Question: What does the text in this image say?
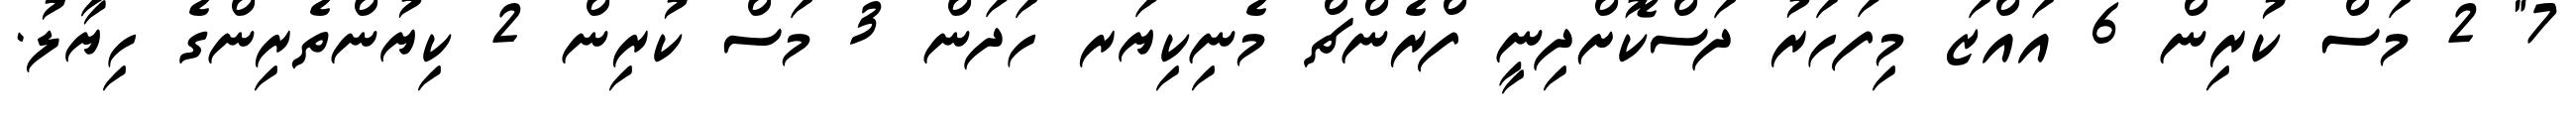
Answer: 7" 2 މަސް ކުރިން 6 އައްޒަ މިފަހަރު ދަސްކޮށްދިނީ ފްރެންޗް މެނިކިޔަރ ހަދަން 3 މަސް ކުރިން 2 ކިޔުންތެރިންގެ ހިޔާލު.